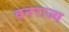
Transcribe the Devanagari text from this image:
वनराज्य